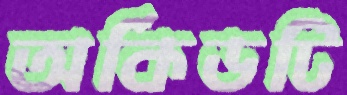
অর্কিডটি